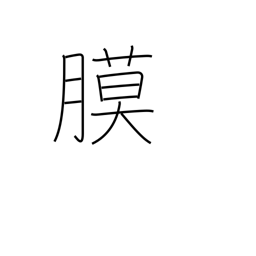
Meaning: membrane